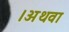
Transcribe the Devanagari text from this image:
।अथवा